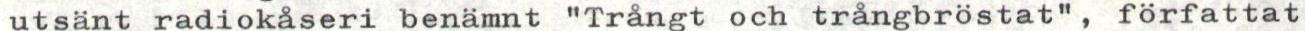
utsänt radiokåseri benämnt "Trångt och trångbröstat", författat